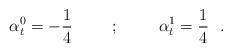
LaTeX: \begin{align*}\alpha^0_t = -{1\over 4} \hskip 1cm ; \hskip 1cm \alpha^1_t = {1\over 4}~~.\end{align*}